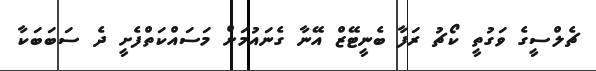
ޗެލްސީގެ ވަގުތީ ކޯޗު ރަފާ ބެނީޓޭޒް އޭނާ ގެނައުމަށް މަސައްކަތްފެށީ ދެ ސަބަބަކާ